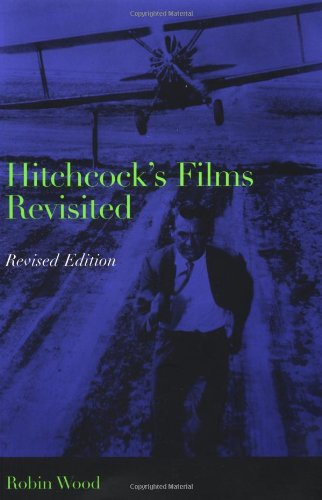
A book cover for Hitchcock's Films Revisited; Robin Wood; Humor & Entertainment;